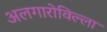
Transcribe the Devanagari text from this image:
अलगारोविल्ला